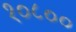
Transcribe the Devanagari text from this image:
१०८००